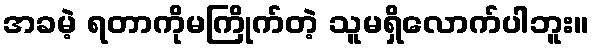
အခမဲ့ ရတာကိုမကြိုက်တဲ့ သူမရှိလောက်ပါဘူး။